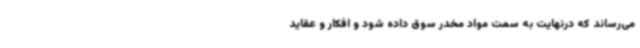
می‌رساند که درنهایت به سمت مواد مخدر سوق داده شود و افکار و عقاید